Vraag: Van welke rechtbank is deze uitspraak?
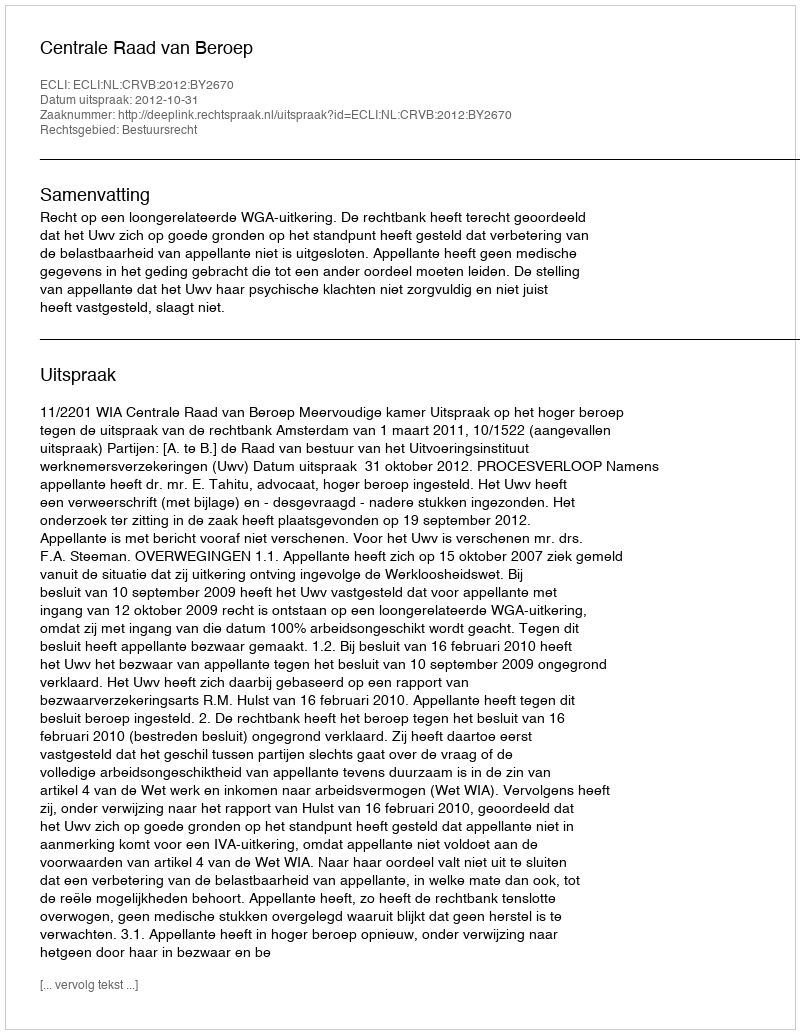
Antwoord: Centrale Raad van Beroep